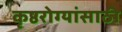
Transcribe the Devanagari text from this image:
कृष्ठरोग्यांसाठी